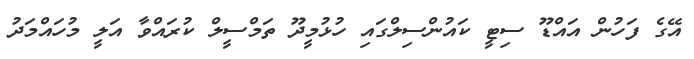
އޭގެ ފަހުން އައްޑޫ ސިޓީ ކައުންސިލްގައި ހުޅުމީދޫ ތަމްސީލް ކުރައްވާ އަލީ މުހައްމަދު